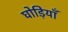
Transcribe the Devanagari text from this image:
घोड़ियाँ